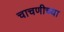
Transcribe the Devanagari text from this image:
चाचणीच्या